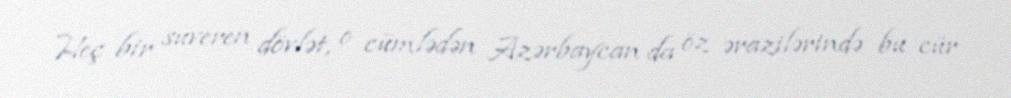
Heç bir suveren dövlət, o cümlədən Azərbaycan da öz ərazilərində bu cür